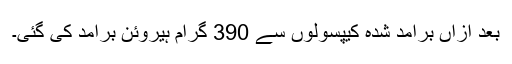
بعد ازاں برآمد شدہ کیپسولوں سے 390 گرام ہیروئن برآمد کی گئی۔